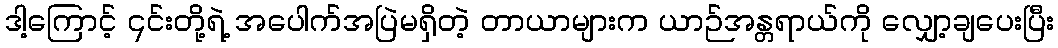
ဒါ့ကြောင့် ၎င်းတို့ရဲ့ အပေါက်အပြဲမရှိတဲ့ တာယာများက ယာဉ်အန္တရာယ်ကို လျှော့ချပေးပြီး